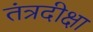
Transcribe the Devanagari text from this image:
तंत्रदीक्षा